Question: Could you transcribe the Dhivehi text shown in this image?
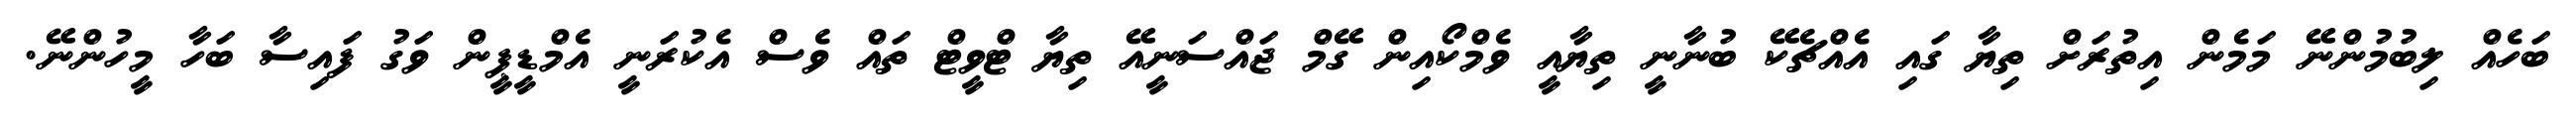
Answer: ބަހެއް ލިބުމުންނޭ މަމެން އިތުރަށް ތިޔާ ގައި އެއްޗެކޭ ބުނާނީ ތިޔާއީ ވެމްކޯއިން ގޭމް ޖައްސަނީއޭ ތިޔާ ޓްވީޓް ތައް ވެސް އެކުރަނީ އެމްޑީޕީން ވަގު ފައިސާ ބަހާ މީހުންނޭ.